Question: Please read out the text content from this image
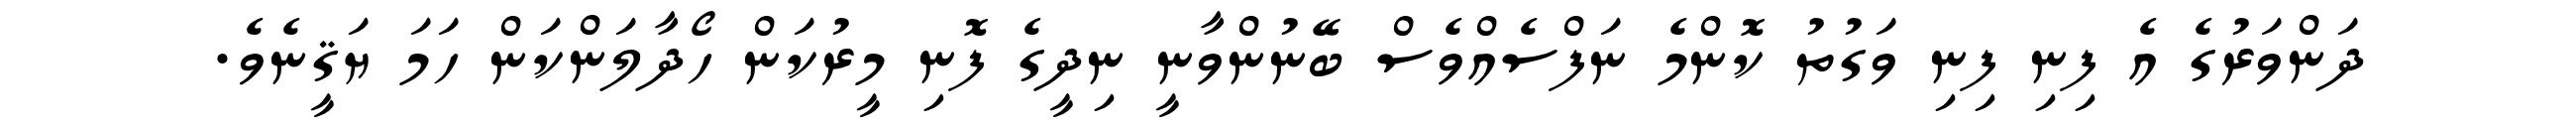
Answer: ދަންވަރުގެ އެ ފިނި ފިނި ވަގުތު ކޮންމެ ނަފްސެއްވެސް ބޭނުންވާނީ ނިދީގެ ފޮނި މީރުކަން ހޯދާލަންކަން ހަމަ ޔަޤީނެވެ.